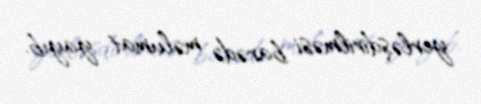
yerləşdirilməsi barədə məlumat yayıb.